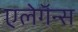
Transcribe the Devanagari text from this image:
एलेगॅन्स